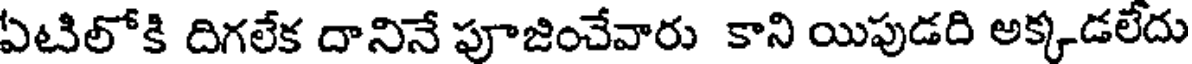
ఏటిలోకి దిగలేక దానినే పూజించేవారు కాని యిపుడది అక్కడలేదు